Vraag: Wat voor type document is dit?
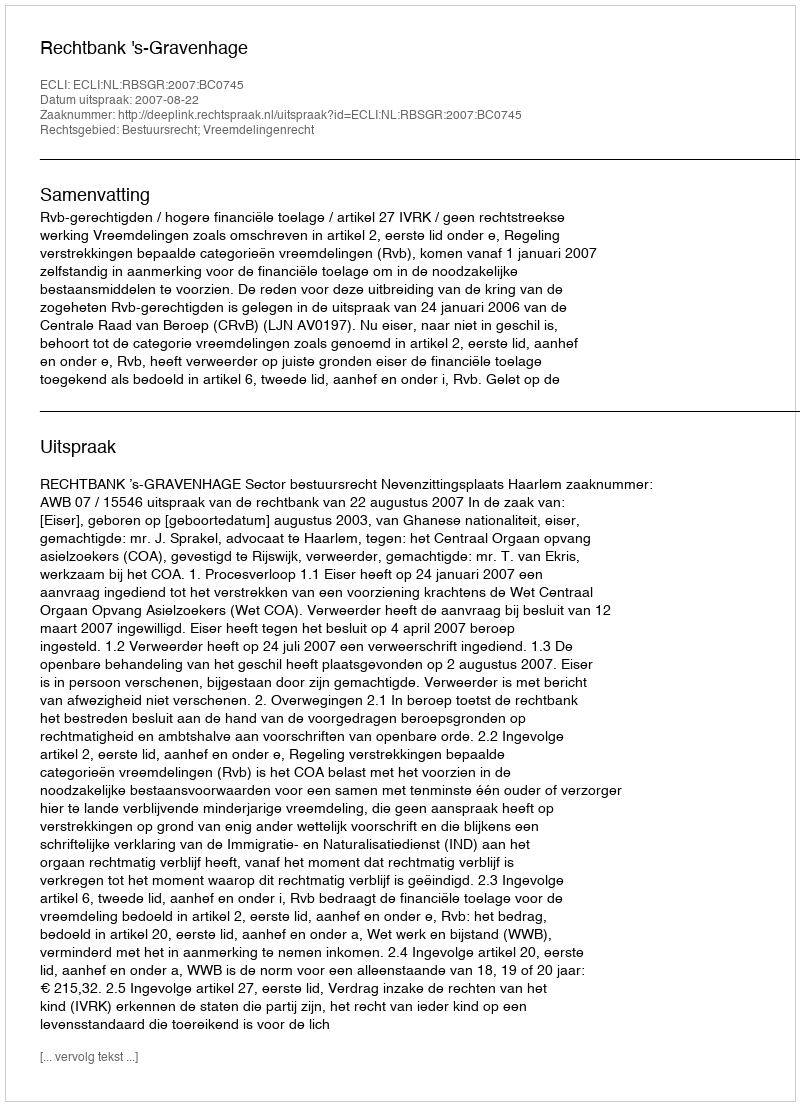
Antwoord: Uitspraak